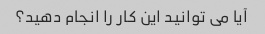
آیا می توانید این کار را انجام دهید؟